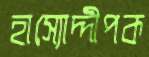
হাস্যোদ্দীপক